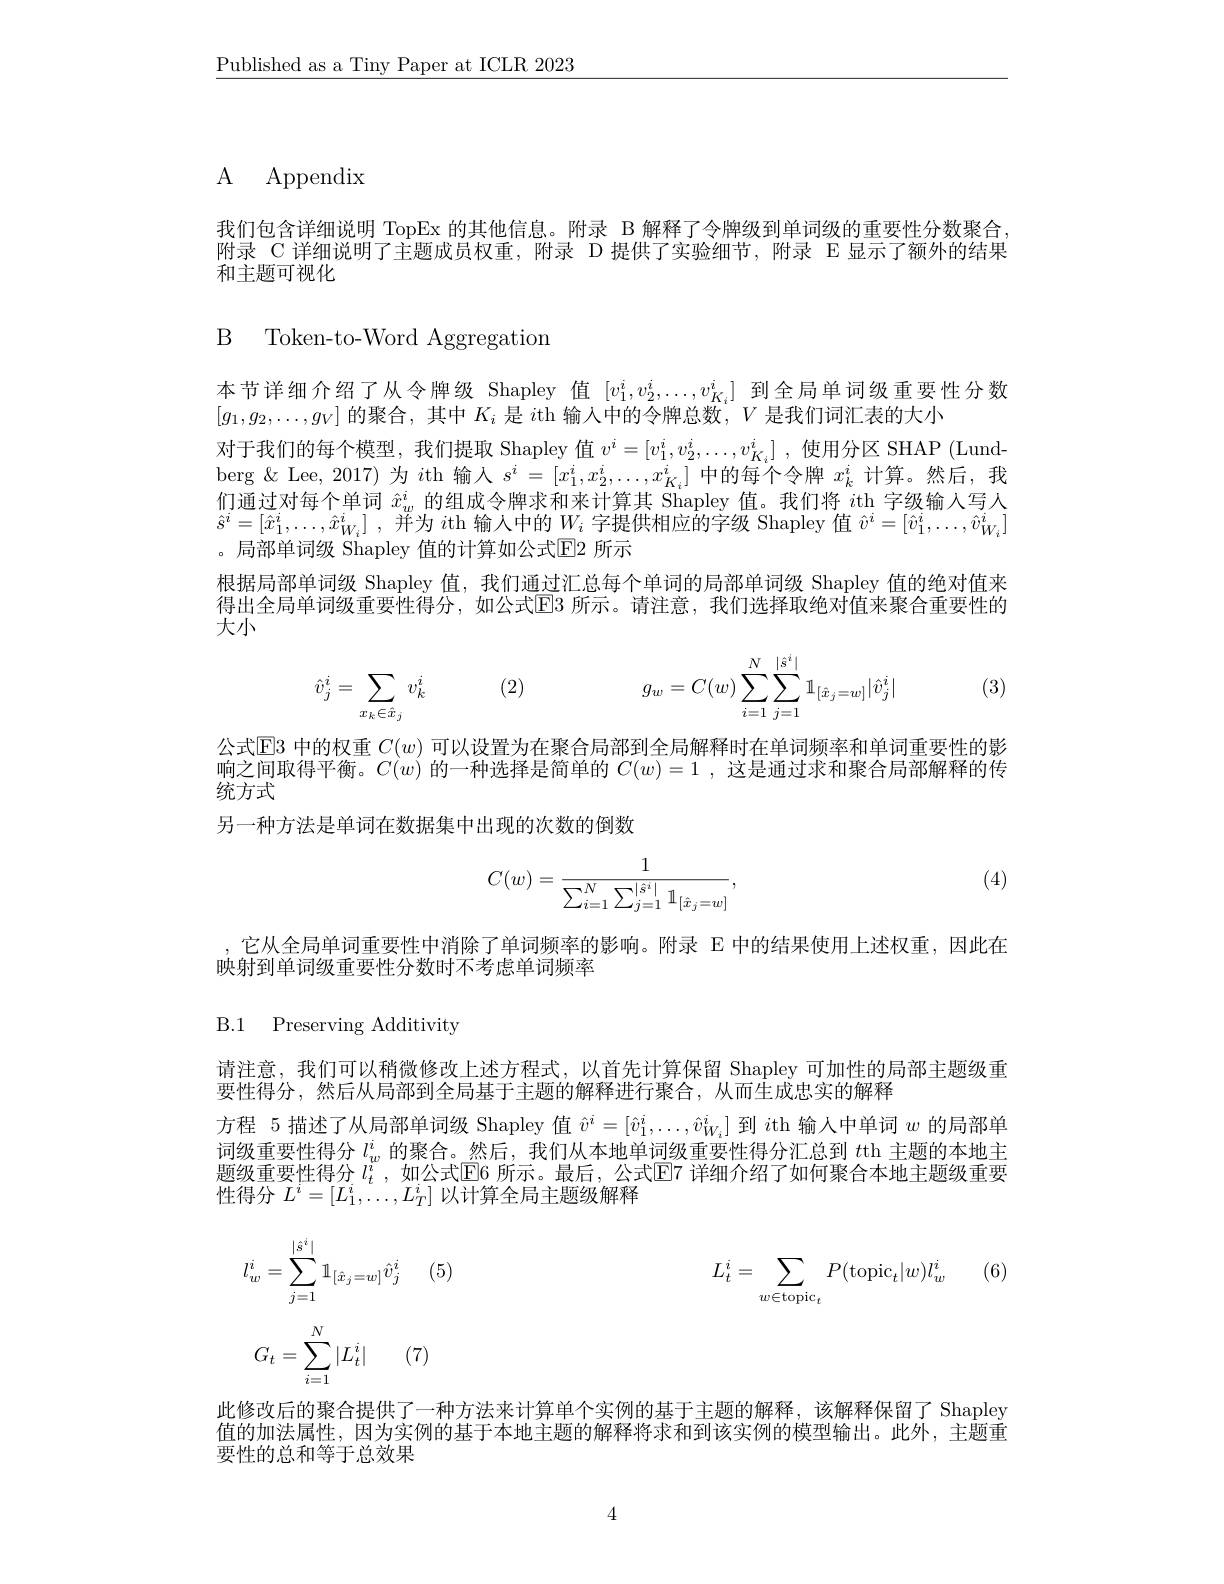
$\underline{\text{Published as a Tiny Paper at ICLR 2023}}$

# ${\mathrm{A} }$ ${\mathrm{Appendix}}$

我们包含详细说明 TopEx 的其他信息。附录 B 解释了令牌级到单词级的重要性分数聚合附录 C 详细说明了主题成员权重，附录 D 提供了实验细节，附录 E 显示了额外的结果和主题可视化

B Token-to-Word Aggregation

本节详细介绍了从令牌级 Shapley 值$[v_1^i,v_2^i,\ldots,v_{K_i}^i]$到全局单词级重要性分数
$[g_1,g_2,\ldots,g_V]$的聚合，其中$K_i$是$i$th 输入中的令牌总数，$V$是我们词汇表的大小
对于我们的每个模型，我们提取 Shapley 值$v^i=[v_1^i,v_2^i,\ldots,v_{K_i}^i]$ ,使用分区 SHAP (Lundberg $\&$ Lee, 2017) 为$i$th 输入$s^i=[x_1^i,x_2^i,\ldots,x_{K_i}^i]$中的每个令牌$x_k^i$计算。然后，我们通过对每个单词$\hat{x}_w^i$的组成令牌求和来计算其 Shapley 值。我们将$i$th 字级输人写人$\hat{s} ^{i}= [ \hat{x} _{1}^{i}, \ldots , \hat{x} _{W_{i}}^{i}]$ ,并为 $i$th 输入中的$W_i$ 字提供相应的字级 Shapley 值 $\hat{v}^i=[\hat{v}_{1}^{i},\ldots,\hat{v}_{W_{i}}^{i}]$ 。局部单词级 Shapley 值的计算如公式$\mathbb{E}$2 所示
根据局部单词级 Shapley 值，我们通过汇总每个单词的局部单词级 Shapley 值的绝对值来得出全局单词级重要性得分，如公式$\overline{\mathrm{E}}$3 所示。请注意，我们选择取绝对值来聚合重要性的大小
$$\hat{v}_j^i=\sum_{x_k\in\hat{x}_j}v_k^i\quad(2)\quad g_w=C(w)\sum_{i=1}^N\sum_{j=1}^{|\hat{s}^i|}\mathbb{1}_{[\hat{x}_j=w]}|\hat{v}_j^i|$$
(3)

公式$\mathbb{E}$3 中的权重 $C(w)$ 可以设置为在聚合局部到全局解释时在单词频率和单词重要性的影一户问职但亚维$G($ 的 也 冲 母 月 然 为 的 $C($ )) 学目逐过中和取人曰刘细双的佐响之间取得平衡。$C(w)$的一种选择是简单的$C(w)=1$ ,这是通过求和聚合局部解释的传统方式
另一种方法是单词在数据集中出现的次数的倒数

(4)
$$C(w)=\frac{1}{\sum_{i=1}^{N}\sum_{j=1}^{|\hat{s}^{i}|}\mathbb{1}_{[\hat{x}_{j}=w]}},$$
它从全局单词重要性中消除了单词频率的影响。附录 E 中的结果使用上述权重，因此在
映射到单词级重要性分数时不考虑单词频率

B.1 Preserving Additivity

请注意，我们可以稍微修改上述方程式，以首先计算保留 Shapley 可加性的局部主题级重
要性得分，然后从局部到全局基于主题的解释进行聚合，从而生成忠实的解释
方程 5 描述了从局部单词级 Shapley 值$\hat{v}^i=[\hat{v}_1^i,\ldots,\hat{v}_{W_i}^i]$到$i$th 输入中单词$w$的局部单词级重要性得分 $l_w^i$ 的聚合。然后，我们从本地单词级重要性得分汇总到 $t$th 主题的本地主晤纽手再出组人 $u_{\:n}^{i}$ 如中心中国$c$ G一直后 公共国$\tau$ 洋细入$\varpi$了知向取人士业六阳红毛西题级审要性得分$L_{2}^{t}$。如公式FK 时不。最后，公式FY7 详细介绍了加伸聚合本批车题纷甫男性得分$L^i=[L_1^i,\ldots,L_T^i]$以计算全局主题级解释

 (6)
$$l_{w}^{i}=\sum_{j=1}^{|s^{i}|}\mathbb{1}_{[\hat{x}_{j}=w]}\hat{v}_{j}^{i}\quad(5)L_{t}^{i}=\sum_{w\in\mathrm{topic}_{t}}P(\mathrm{topic}_{t}|w)l_{w}^{i}\\G_{t}=\sum_{i=1}^{N}|L_{t}^{i}|\quad(7)$$
此修改后的聚合提供了一种方法来计算单个实例的基于主题的解释，该解释保留了 Shapley 值的加法属性，因为实例的基于本地主题的解释将求和到该实例的模型输出。此外，主题重要性的总和等于总效果

4